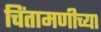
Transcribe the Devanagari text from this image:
चिंतामणीच्या